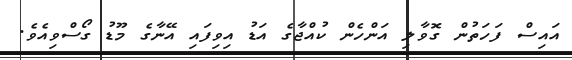
އައިސް ފަހަތުން ގޮވާލި އަންހެން ކުއްޖާގެ އަޑު އިވިފައި އޭނާގެ މޫޑު ގޯސްވިއެވެ.